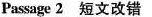
Passage 2 短文改错